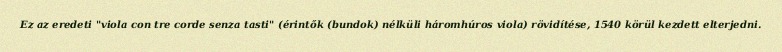
Ez az eredeti "viola con tre corde senza tasti" (érintők (bundok) nélküli háromhúros viola) rövidítése, 1540 körül kezdett elterjedni.